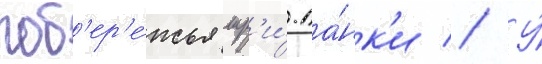
поб'ер'е́жья шр'и́-ла́нк'и // У́